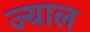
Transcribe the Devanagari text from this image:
ज्याल